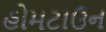
હોમટાઉન